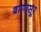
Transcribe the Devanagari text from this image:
बाणासूर